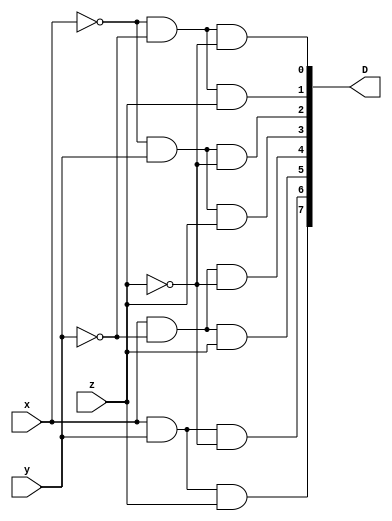
module three_eight_decoder
(
	x,
	y,
	z,
	D
);

	input x;
	input y;
	input z;
	output [7:0] D;

	and and_0(D[0], ~x, ~y, ~z);
	and and_1(D[1], ~x, ~y, z);
	and and_2(D[2], ~x, y, ~z);
	and and_3(D[3], ~x, y, z);
	and and_4(D[4], x, ~y, ~z);
	and and_5(D[5], x, ~y, z);
	and and_6(D[6], x, y, ~z);
	and and_7(D[7], x, y, z);

endmodule